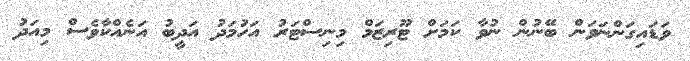
ވަޑައިގަންނަވަން ބޭނުން ނުވާ ކަމަށް ޓޫރިޒަމް މިނިސްޓަރު އަހުމަދު އަދީބު އަނެއްކާވެސް މިއަދު